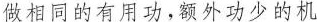
做相同的有用功，额外功少的机